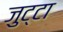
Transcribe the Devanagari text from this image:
जुट्टा